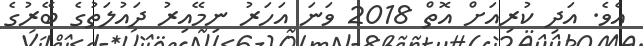
އެވެ. އަދި ކުރިއަށް އޮތް 2018 ވަނަ އަހަރު ނިމޭއިރު ދައުލަތުގެ ބޭރުގެ